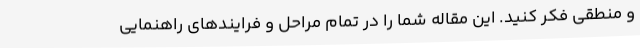
و منطقی فکر کنید. این مقاله شما را در تمام مراحل و فرایندهای راهنمایی